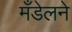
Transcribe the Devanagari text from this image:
मँडेलने